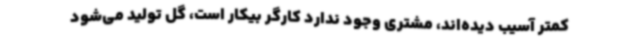
کمتر آسیب دیده‌اند، مشتری وجود ندارد کارگر بیکار است، گل تولید می‌شود